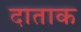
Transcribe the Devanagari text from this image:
दाताक